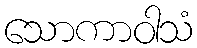
သောကာဝါသံ